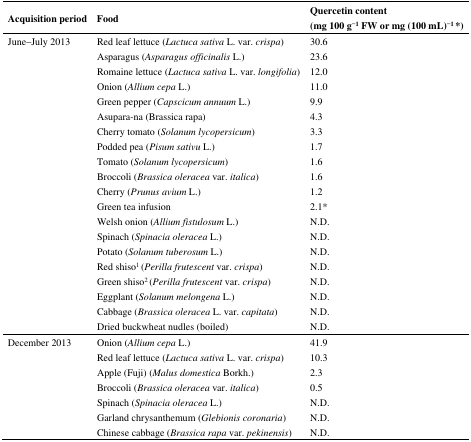
<table><thead><tr><td rowspan="2"><b>Acquisition period</b></td><td rowspan="2"><b>Food</b></td><td><b>Quercetin content</b></td></tr><tr><td><b>(mg 100 g<sup>−1</sup> FW or mg (100 mL)<sup>−1</sup> *)</b></td></tr></thead><tbody><tr><td>June–July 2013</td><td>Red leaf lettuce (<i>Lactuca sativa</i> L. var. <i>crispa</i>)</td><td>30.6</td></tr><tr><td></td><td>Asparagus (<i>Asparagus officinalis</i> L.)</td><td>23.6</td></tr><tr><td></td><td>Romaine lettuce (<i>Lactuca sativa</i> L. var. <i>longifolia</i>)</td><td>12.0</td></tr><tr><td></td><td>Onion (<i>Allium cepa</i> L.)</td><td>11.0</td></tr><tr><td></td><td>Green pepper (<i>Capscicum annuum</i> L.)</td><td>9.9</td></tr><tr><td></td><td>Asupara-na (Brassica rapa)</td><td>4.3</td></tr><tr><td></td><td>Cherry tomato (<i>Solanum lycopersicum</i>)</td><td>3.3</td></tr><tr><td></td><td>Podded pea (<i>Pisum sativu</i> L.)</td><td>1.7</td></tr><tr><td></td><td>Tomato (<i>Solanum lycopersicum</i>)</td><td>1.6</td></tr><tr><td></td><td>Broccoli (<i>Brassica oleracea</i> var. <i>italica</i>)</td><td>1.6</td></tr><tr><td></td><td>Cherry (<i>Prunus avium</i> L.)</td><td>1.2</td></tr><tr><td></td><td>Green tea infusion</td><td>2.1*</td></tr><tr><td></td><td>Welsh onion (<i>Allium fistulosum</i> L.)</td><td>N.D.</td></tr><tr><td></td><td>Spinach (<i>Spinacia oleracea</i> L.)</td><td>N.D.</td></tr><tr><td></td><td>Potato (<i>Solanum tuberosum</i> L.)</td><td>N.D.</td></tr><tr><td></td><td>Red shiso<sup>1</sup> (<i>Perilla frutescent</i> var. <i>crispa</i>)</td><td>N.D.</td></tr><tr><td></td><td>Green shiso<sup>2</sup> (<i>Perilla frutescent</i> var. <i>crispa</i>)</td><td>N.D.</td></tr><tr><td></td><td>Eggplant (<i>Solanum melongena</i> L.)</td><td>N.D.</td></tr><tr><td></td><td>Cabbage (<i>Brassica oleracea</i> L. var. <i>capitata</i>)</td><td>N.D.</td></tr><tr><td></td><td>Dried buckwheat nudles (boiled)</td><td>N.D.</td></tr><tr><td>December 2013</td><td>Onion (<i>Allium cepa</i> L.)</td><td>41.9</td></tr><tr><td></td><td>Red leaf lettuce (<i>Lactuca sativa</i> L. var. <i>crispa</i>)</td><td>10.3</td></tr><tr><td></td><td>Apple (Fuji) (<i>Malus domestica</i> Borkh.)</td><td>2.3</td></tr><tr><td></td><td>Broccoli (<i>Brassica oleracea</i> var. <i>italica</i>)</td><td>0.5</td></tr><tr><td></td><td>Spinach (<i>Spinacia oleracea</i> L.)</td><td>N.D.</td></tr><tr><td></td><td>Garland chrysanthemum (<i>Glebionis coronaria</i>)</td><td>N.D.</td></tr><tr><td></td><td>Chinese cabbage (<i>Brassica rapa</i> var. <i>pekinensis</i>)</td><td>N.D.</td></tr></tbody></table>